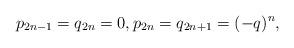
LaTeX: \begin{align*} p_{2n-1}=q_{2n}=0, p_{2n}=q_{2n+1}=(-q)^{n}, \end{align*}